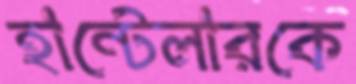
হান্টেলারকে